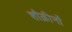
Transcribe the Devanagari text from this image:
शौक़ीनों